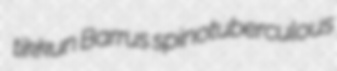
tikkun Barrus spinotuberculous